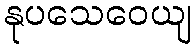
နုပသေဝေယျ